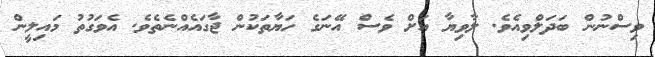
ވިސްނުން ބަދަލްވިއެވެ. ލާވިޔާ އަށް ވެސް އޭނަގެ ހަޔާތަކުން ޖާގައެއްނެތެވެ. އެވަގުތު މައިލީން